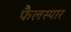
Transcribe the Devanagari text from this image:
फैलस्पार